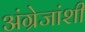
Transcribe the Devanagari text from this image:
अंग्रेजांशी